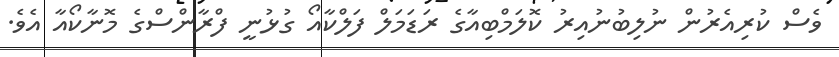
ވެސް ކުރިއެރުން ނުލިބުނުއިރު ކޮލަމްބިއާގެ ރަޑަމަލް ފަލްކާއޯ ގުޅުނީ ފްރާންސްގެ މޮނާކޯއާ އެވެ.